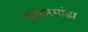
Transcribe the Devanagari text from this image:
साकरमांडा